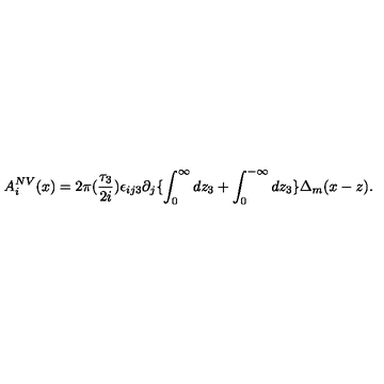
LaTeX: A _ { i } ^ { N V } ( x ) = 2 \pi ( \frac { \tau _ { 3 } } { 2 i } ) \epsilon _ { i j 3 } \partial _ { j } \{ \int _ { 0 } ^ { \infty } d z _ { 3 } + \int _ { 0 } ^ { - \infty } d z _ { 3 } \} \Delta _ { m } ( x - z ) .